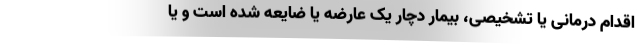
اقدام درمانی یا تشخیصی، بیمار دچار یک عارضه یا ضایعه شده‌ است و یا